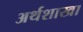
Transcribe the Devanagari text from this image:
अर्थशाखा